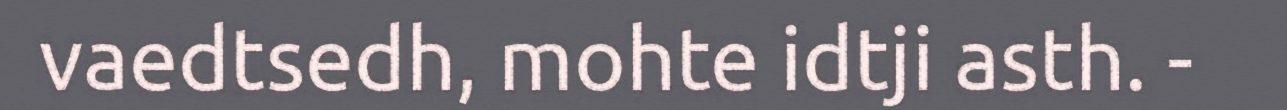
vaedtsedh, mohte idtji asth. -